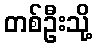
တစ်ဦးသို့